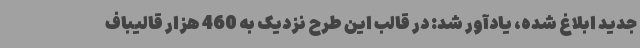
جدید ابلاغ شده، یادآور شد: در قالب این طرح نزدیک به 460 هزار قالیباف